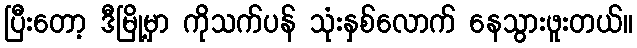
ပြီးတော့ ဒီမြို့မှာ ကိုသက်ပန် သုံးနှစ်လောက် နေသွားဖူးတယ်။